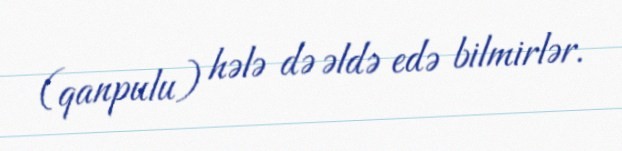
(qanpulu) hələ də əldə edə bilmirlər.